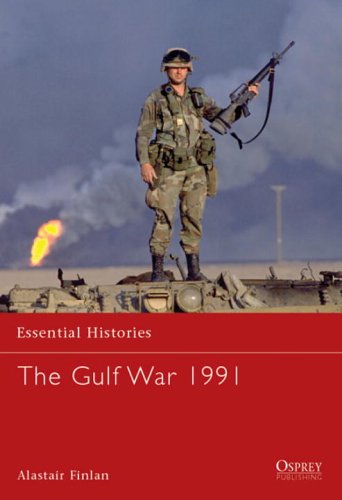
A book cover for The Gulf War 1991 (Essential Histories); Alastair Finlan; History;